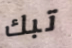
تبك